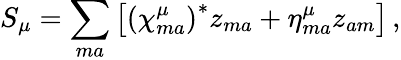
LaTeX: S_{\mu}=\sum_{ma}\left[\left(\chi_{ma}^{\mu}\right)^{*}z_{ma}+\eta_{ma}^{\mu}z_{am}\right]\, ,